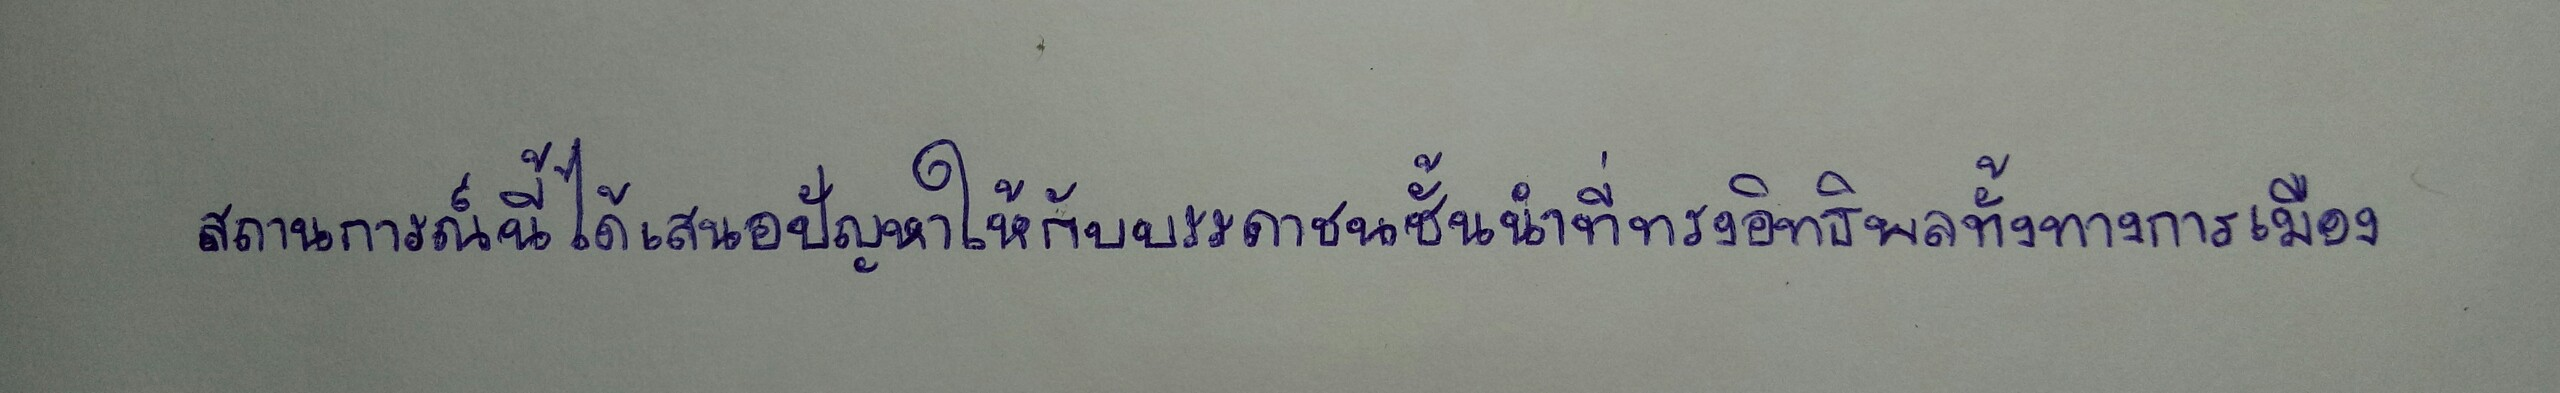
สถานการณ์นี้ได้เสนอปัญหาให้กับบรรดาชนชั้นนำที่ทรงอิทธิพลทั้งทางการเมือง